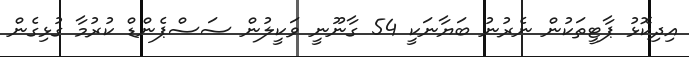
އިދިކޮޅު ޕާޓީތަކުން ނެރުނު ބަޔާނަކީ 54 ގާނޫނީ ވަކީލުން ސަސްޕެންޑް ކުރުމާ ގުޅިގެން